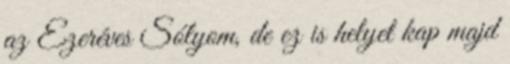
az Ezeréves Sólyom, de ez is helyet kap majd